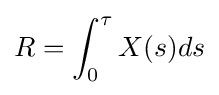
R=\int _{0}^{\tau }X(s)ds